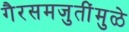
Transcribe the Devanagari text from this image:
गैरसमजुतींमुळे